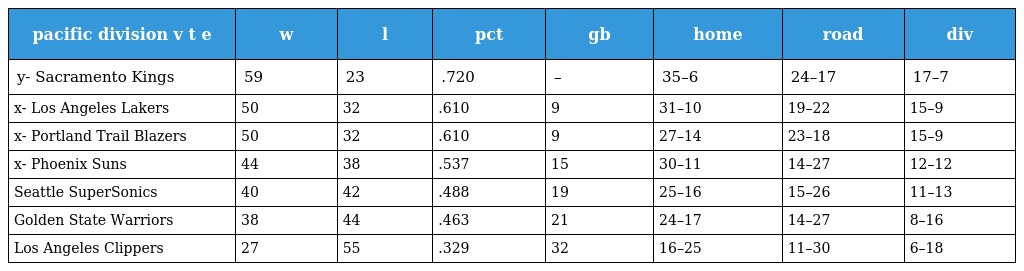
| pacific division v t e | w | l | pct | gb | home | road | div |
 | --- | --- | --- | --- | --- | --- | --- | --- |
 | y- Sacramento Kings | 59 | 23 | .720 | – | 35–6 | 24–17 | 17–7 |
 | x- Los Angeles Lakers | 50 | 32 | .610 | 9 | 31–10 | 19–22 | 15–9 |
 | x- Portland Trail Blazers | 50 | 32 | .610 | 9 | 27–14 | 23–18 | 15–9 |
 | x- Phoenix Suns | 44 | 38 | .537 | 15 | 30–11 | 14–27 | 12–12 |
 | Seattle SuperSonics | 40 | 42 | .488 | 19 | 25–16 | 15–26 | 11–13 |
 | Golden State Warriors | 38 | 44 | .463 | 21 | 24–17 | 14–27 | 8–16 |
 | Los Angeles Clippers | 27 | 55 | .329 | 32 | 16–25 | 11–30 | 6–18 |